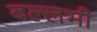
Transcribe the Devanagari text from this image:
बल्‍लभी